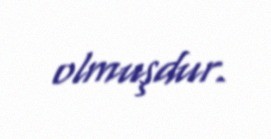
olmuşdur.